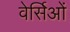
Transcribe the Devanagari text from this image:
वेर्सिओं